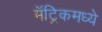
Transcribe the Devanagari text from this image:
मॅट्रिकमध्ये